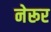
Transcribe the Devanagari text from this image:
नेरूर